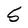
Character: 5